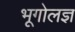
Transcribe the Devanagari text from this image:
भूगोलज्ञ